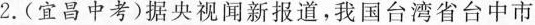
2.(宜昌中考)据央视闻新报道，我国台湾省台中市